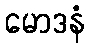
မောဒနံ